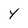
Character: Y